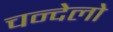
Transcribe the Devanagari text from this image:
चन्देलो